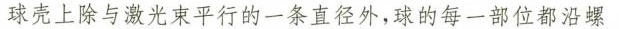
球壳上除与激光束平行的一条直径外，球的每一部位都沿螺